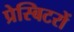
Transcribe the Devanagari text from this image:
प्रेस्बिटरों